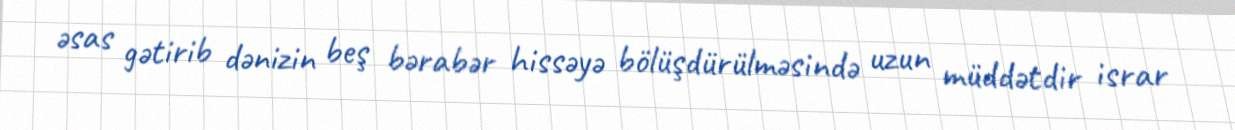
əsas gətirib dənizin beş bərabər hissəyə bölüşdürülməsində uzun müddətdir israr